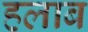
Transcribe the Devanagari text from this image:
हलाब